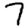
Digit: 7